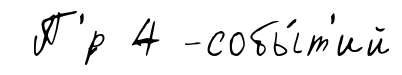
П'́р 4 -собы́т'ий